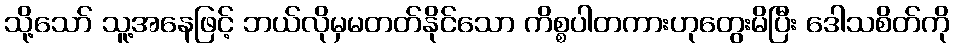
သို့သော် သူ့အနေဖြင့် ဘယ်လိုမှမတတ်နိုင်သော ကိစ္စပါတကားဟုတွေးမိပြီး ဒေါသစိတ်ကို